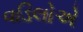
વડિલોએ